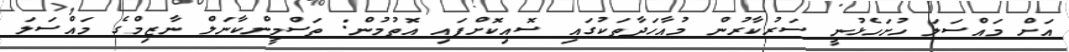
އަށް މައްސަލަ ހުށަހެޅުނީ ސަރުކާރުން މުއާހަދާތަކުގައި ސޮއިކޮށްފައި އޮތުމުން: ތަސްމީންކާނަލް ނާޒިމްގެ މައްސަލަ